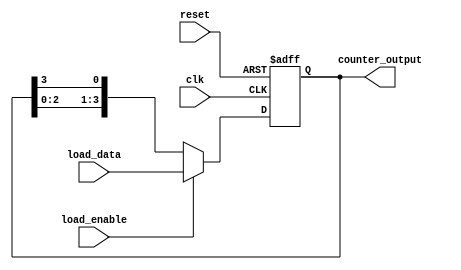
module loadable_ring_counter #(
    parameter N = 4 // Parameter to define the bit-width of the counter
)(
    input wire clk,                // Clock signal
    input wire reset,              // Asynchronous reset signal
    input wire load_enable,        // Load enable signal
    input wire [N-1:0] load_data,  // Data to load into the counter
    output reg [N-1:0] counter_output // Current state of the counter
);

// Internal signal for the next state of the counter
reg [N-1:0] next_state;

// Sequential logic for counter update
always @(posedge clk or posedge reset) begin
    if (reset) begin
        counter_output <= {N{1'b0}}; // Reset all bits to 0
    end else if (load_enable) begin
        counter_output <= load_data; // Load new value when load_enable is high
    end else begin
        // Shift the counter in a ring manner
        next_state = {counter_output[N-2:0], counter_output[N-1]}; // Shift left
        counter_output <= next_state; // Update counter output
    end
end

endmodule